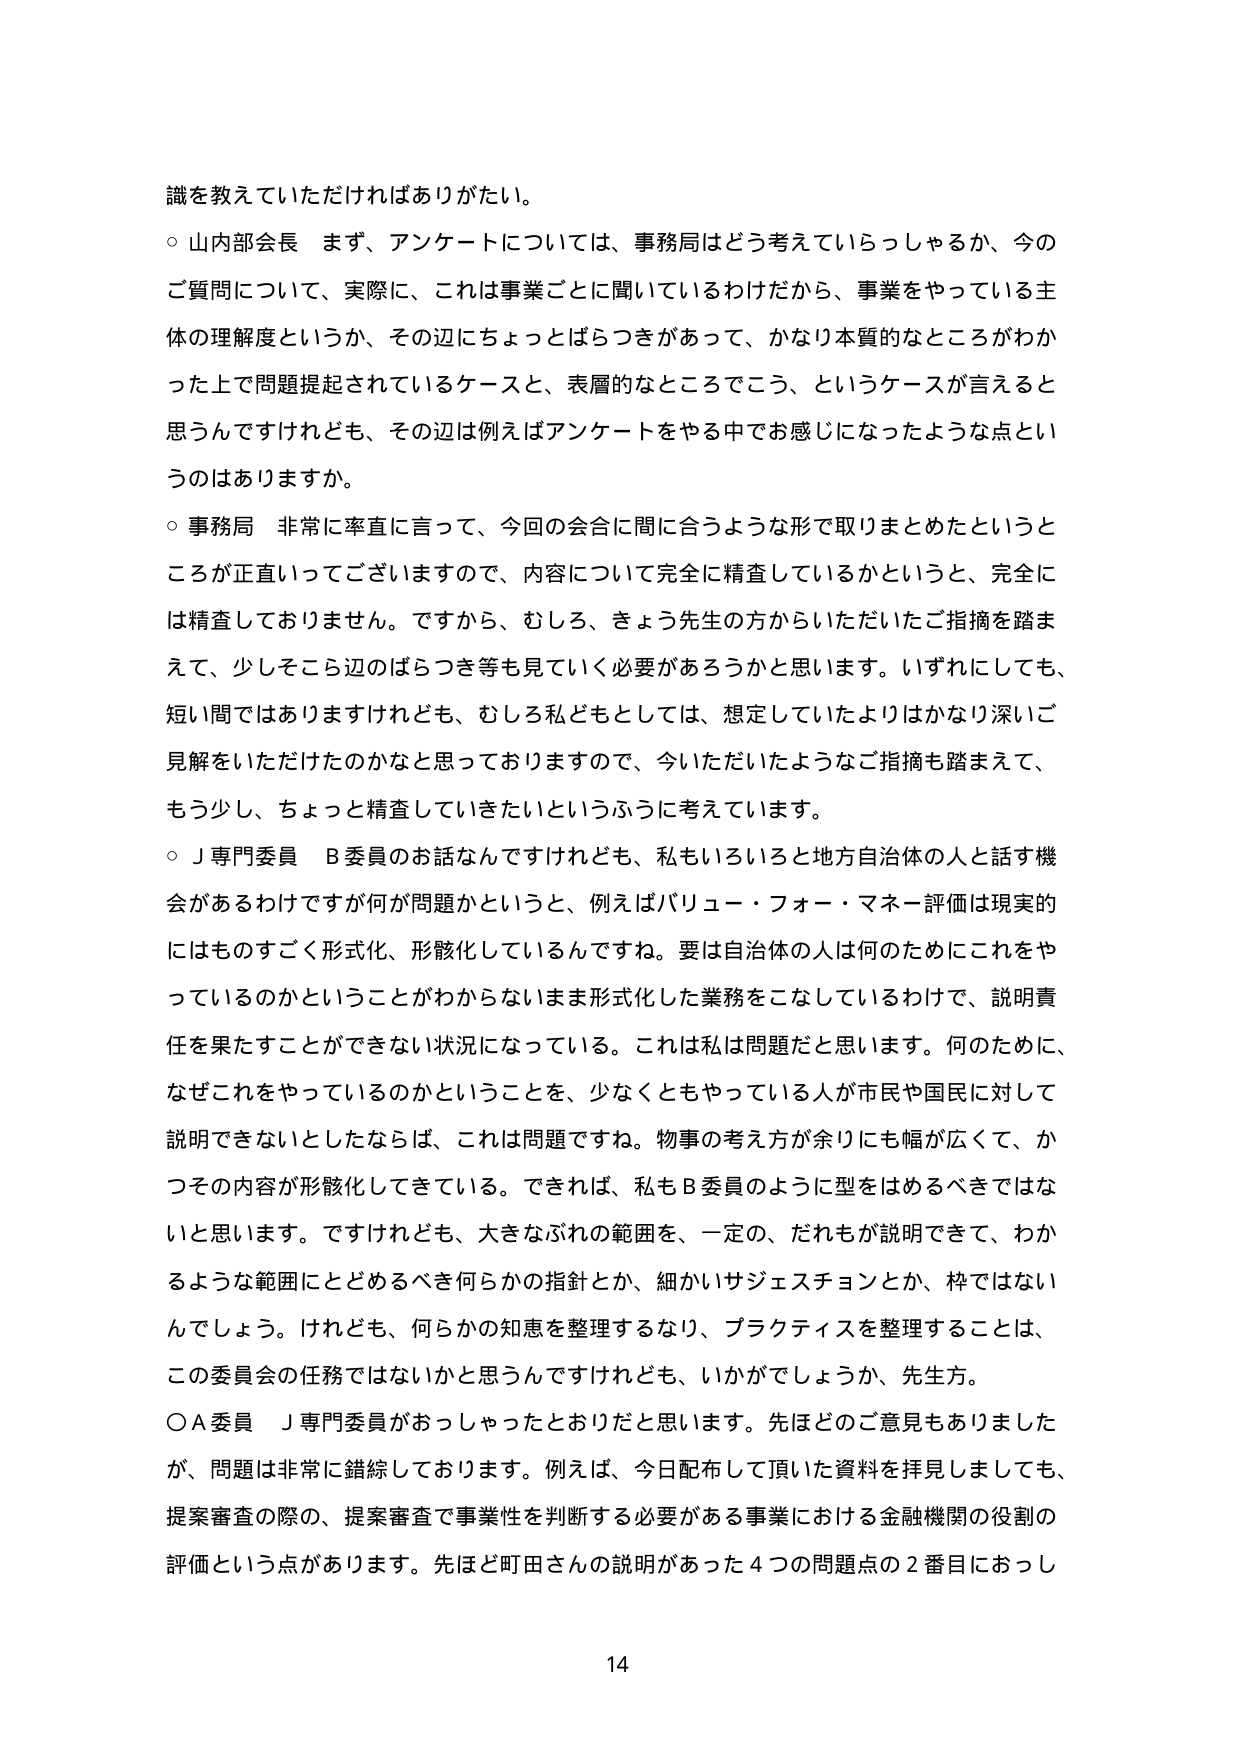
識を教えていただければありがたい。

○ 山内部会長　まず、アンケートについては、事務局はどう考えていらっしゃるか、今の
ご質問について、実際に、これは事業ごとに聞いているわけだから、事業をやっている主
体の理解度というか、その辺にちょっとばらつきがあって、かなり本質的なところがわか
った上で問題提起されているケースと、表層的なところどころ、というケースが言えると
思うんですけれども、その辺は例えばアンケートをやる中でお感じになったような点とい
うのはありますか。

○ 事務局　非常に率直に言って、今回の会合に間に合うような形で取りまとめたというと
ころが正直いってございますので、内容について完全に精査しているかというと、完全に
は精査しておりません。ですから、むしろ、きょう先生の方からいただいたご指摘を踏ま
えて、少しそこら辺のばらつき等も見ていく必要があろうかと思います。いずれにしても、
短い間ではありますけれども、むしろ私どもとしては、想定していたよりはかなり深いご
見解をいただいたのかなと思っておりますので、今いただいたようなご指摘も踏まえて、
もう少し、ちょっと精査していきたいというふうに考えています。

○ Ｊ専門委員　Ｂ委員のお話なんですけれども、私もいろいろと地方自治体の人と話す機
会があるわけですですが何が問題かというと、例えばバリュー・フォー・マネー評価は現実的
にはものすごく形式化、形骸化しているんですね。要は自治体の人は何のためにこれをや
っているのかということがわからないまま形式化した業務をこなしているわけで、説明責
任を果たすことができない状況になっている。これは私は問題だと思います。何のために、
なぜこれをやっているのかということを、少なくともやっている人が市民や国民に対して
説明できないとしたならば、これは問題ですね。物事の考え方が余りにも幅が広くて、か
つその内容が形骸化してきている。できれば、私もＢ委員のように型をはめるべきではな
いと思います。ですけれども、大きなぶれの範囲を、一定の、だれもが説明できて、わか
るような範囲にとどめるべき何らかの指針とか、細かいサジェスチョンとか、枠ではない
んでしょう。けれども、何らかの知恵を整理するなり、プラクティスを整理することは、
この委員会の任務ではないかと思うんですけれども、いかがでしょうか、先生方。

○ Ａ委員　Ｊ専門委員がおっしゃったとおりだと思います。先ほどのご意見もありました
が、問題は非常に錯綜しております。例えば、今日配布して頂いた資料を拝見しましても、
提案審査の際の、提案審査で事業性を判断する必要がある事業における金融機関の役割の
評価という点があります。先ほど町田さんの説明があった４つの問題点の２番目におっし

14